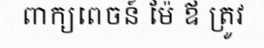
ពាក្យពេចន៍ ម៉ែ ឪ ត្រូវ